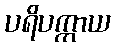
ပရိပက္ကာယ